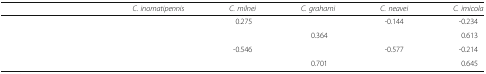
<table><thead><tr><td colspan="2">[EMPTY_CELL]</td><td><b><i>C. inornatipennis</i></b></td><td><b><i>C. milnei</i></b></td><td><b><i>C. grahami</i></b></td><td><b><i>C. neavei</i></b></td><td><b><i>C. imicola</i></b></td></tr></thead><tbody><tr><td rowspan="2">[EMPTY_CELL]</td><td>[EMPTY_CELL]</td><td>[EMPTY_CELL]</td><td>0.275</td><td>[EMPTY_CELL]</td><td>-0.144</td><td>-0.234</td></tr><tr><td>[EMPTY_CELL]</td><td>[EMPTY_CELL]</td><td>[EMPTY_CELL]</td><td>0.364</td><td>[EMPTY_CELL]</td><td>0.613</td></tr><tr><td rowspan="2">[EMPTY_CELL]</td><td>[EMPTY_CELL]</td><td>[EMPTY_CELL]</td><td>-0.546</td><td>[EMPTY_CELL]</td><td>-0.577</td><td>-0.214</td></tr><tr><td>[EMPTY_CELL]</td><td>[EMPTY_CELL]</td><td>[EMPTY_CELL]</td><td>0.701</td><td>[EMPTY_CELL]</td><td>0.645</td></tr></tbody></table>